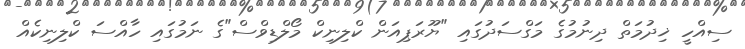
ސިއްހީ ޚިދުމަތް ދިނުމުގެ މަގްސަދުގައި "ޔޫރަޕިއަން ކްލިނިކް މޯލްޑިވްސް"ގެ ނަމުގައި ހާއްސަ ކްލިނިކެއް